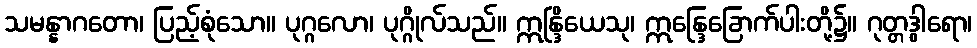
သမန္နာဂတော၊ ပြည့်စုံသော။ ပုဂ္ဂလော၊ ပုဂ္ဂိုလ်သည်။ ဣန္ဒြိယေသု၊ ဣန္ဒြေခြောက်ပါးတို့၌။ ဂုတ္တဒွါရော၊